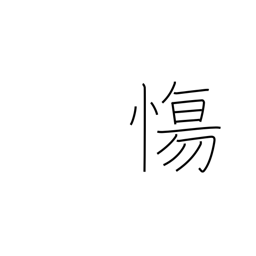
Meaning: be sad